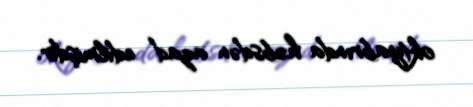
oktyabrında həbsdən azad edilmişdir.